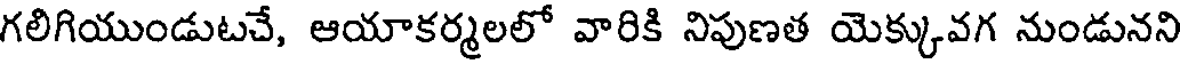
గలిగియుండుటచే, ఆయాకర్మలలో వారికి నిపుణత యెక్కువగ నుండునని